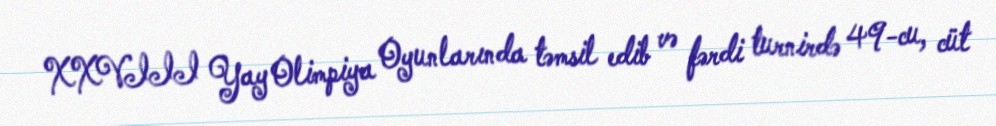
XXVIII Yay Olimpiya Oyunlarında təmsil edib və fərdi turnirdə 49-cu, cüt